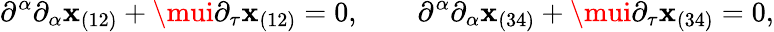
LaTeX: \partial^{\alpha}\partial_{\alpha}\mathbf{x}_{(12)}+\mui\partial_{\tau}\mathbf{x}_{(12)}=0,\qquad\partial^{\alpha}\partial_{\alpha}\mathbf{x}_{(34)}+\mui\partial_{\tau}\mathbf{x}_{(34)}=0,